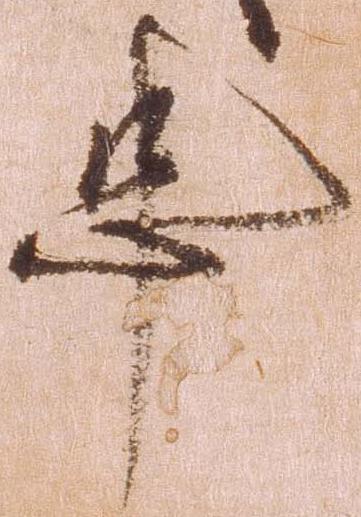
事